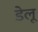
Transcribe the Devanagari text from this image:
डेलू